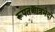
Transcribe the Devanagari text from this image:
रूपतश्चात्रभेदो